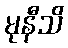
မုနီသိ